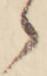
ゝ